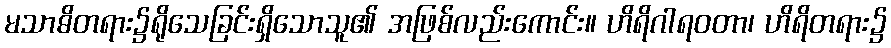
မသာဓိတရား၌ရိုသေခြင်းရှိသောသူ၏ အဖြစ်လည်းကောင်း။ ဟိရိဂါရဝတာ၊ ဟိရိတရား၌